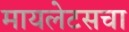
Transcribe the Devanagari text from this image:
मायलेटसचा